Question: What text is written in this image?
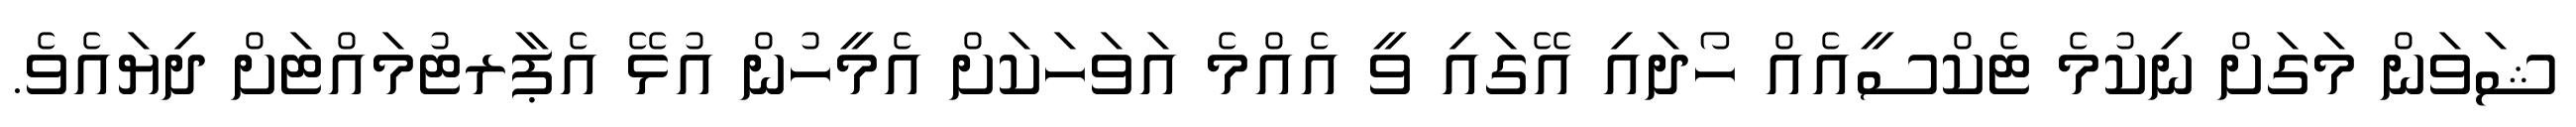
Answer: ޝަވަން މަގަށް ނިކުމެ ޓެކްސީއެއް ހޯދައި އޭގައި ވީ އެއްމެ އަވަހަކަށް އެމީހުން އުޅޭ އެޕާރޓުމައްޓަށް ދިޔައެވެ.